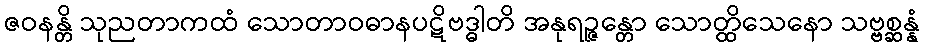
ဇဝနန္တိ သုညတာကထံ သောတာဝဓာနပဋိဗဒ္ဓါတိ အနုရဉ္ဇန္တော သောတ္ထိသေနော သဗ္ဗစ္ဆန္နံ